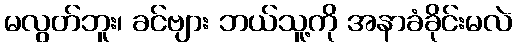
မလွတ်ဘူး၊ ခင်ဗျား ဘယ်သူ့ကို အနာခံခိုင်းမလဲ